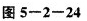
图 5一2-24